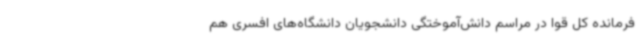
فرمانده کل قوا در مراسم دانش‌آموختگی دانشجویان دانشگاه‌های افسری هم